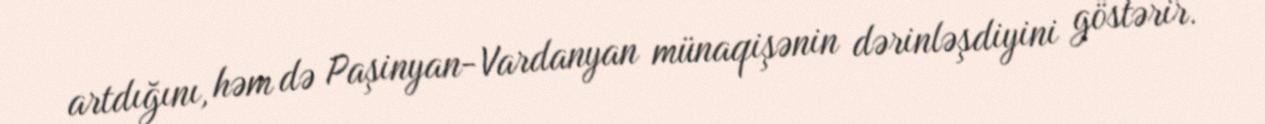
artdığını, həm də Paşinyan-Vardanyan münaqişənin dərinləşdiyini göstərir.